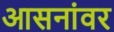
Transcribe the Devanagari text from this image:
आसनांवर